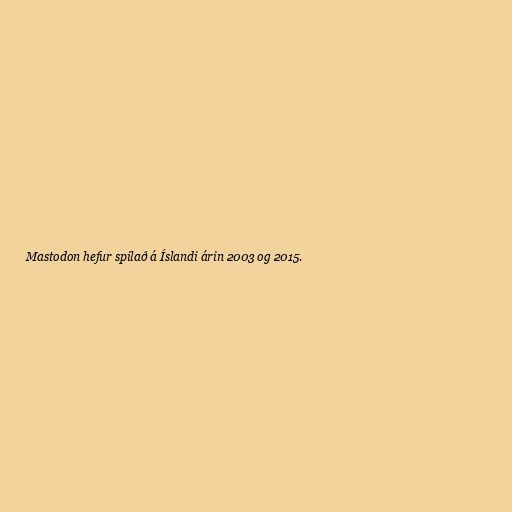
Mastodon hefur spilað á Íslandi árin 2003 og 2015.